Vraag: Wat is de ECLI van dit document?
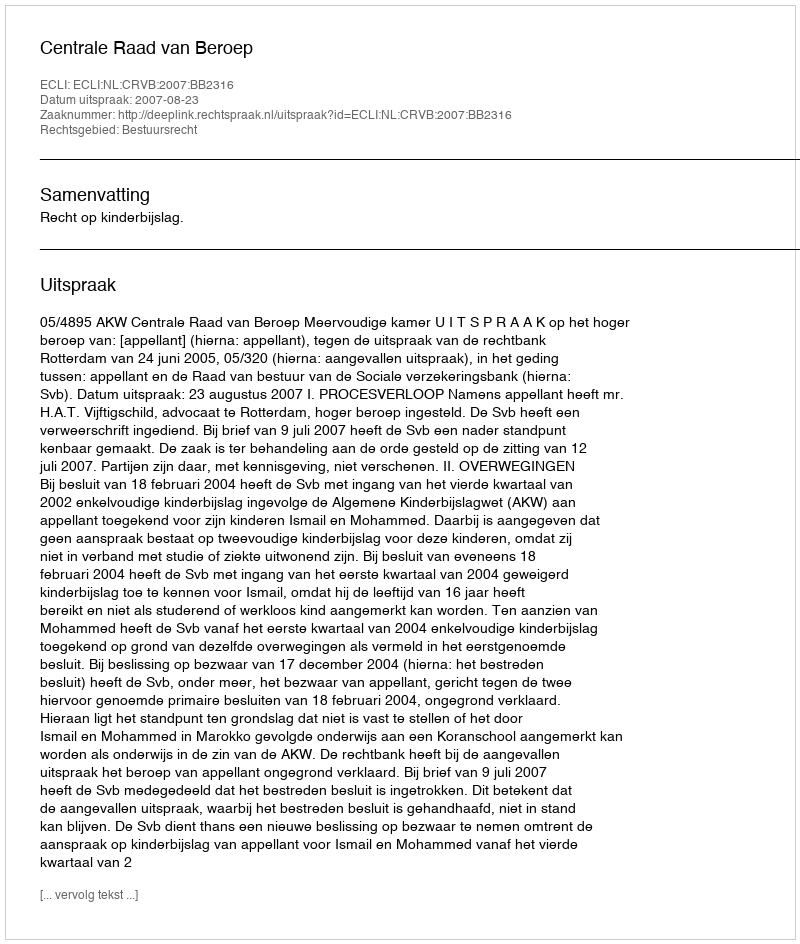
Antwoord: ECLI:NL:CRVB:2007:BB2316